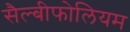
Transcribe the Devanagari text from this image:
सैल्बीफोलियम